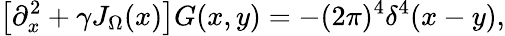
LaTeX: \left[\partial_{x}^{2}+\gamma J_{\Omega}(x)\right]G(x,y)=-(2\pi)^{4}\delta^{4}(x-y),